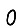
Digit: 0